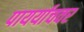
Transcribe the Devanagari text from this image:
पायर्याचवर